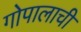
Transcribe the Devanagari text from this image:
गोपालाची